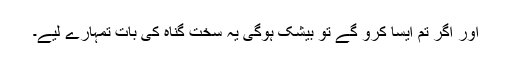
اور اگر تم ایسا کرو گے تو بیشک ہوگی یہ سخت گناہ کی بات تمہارے لیے۔